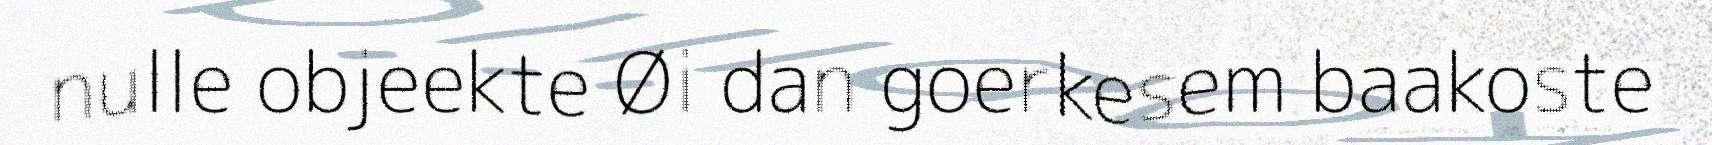
nulle objeekte Øi dan goerkesem baakoste